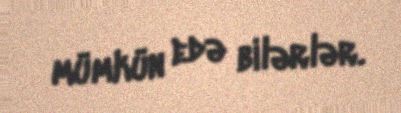
mümkün edə bilərlər.